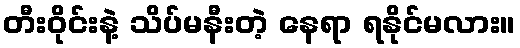
တီးဝိုင်းနဲ့ သိပ်မနီးတဲ့ နေရာ ရနိုင်မလား။